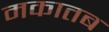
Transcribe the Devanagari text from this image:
मकातब